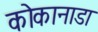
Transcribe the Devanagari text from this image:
कोकानाडा